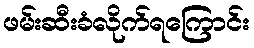
ဖမ်းဆီးခံလိုက်ရကြောင်း